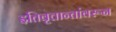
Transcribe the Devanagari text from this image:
इतिवृत्तान्तांवरून